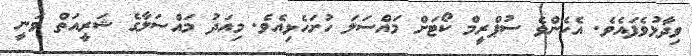
ވިދާޅުވެފައެވެ. އެހެންވެ ސުޕްރީމް ކޯޓަށް މައްސަލަ ހުށަހެޅިއެވެ. މިއަދު މައްސަލާގެ ޝަރީއަތް ވަނީ